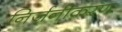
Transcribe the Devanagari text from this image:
निर्जनीकरण